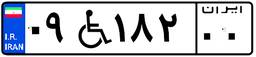
۰۹W۱۸۲۰۰